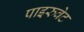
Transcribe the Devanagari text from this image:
पाइरुवेट